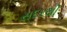
સદરથી